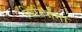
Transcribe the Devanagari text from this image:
सिरिजंगा